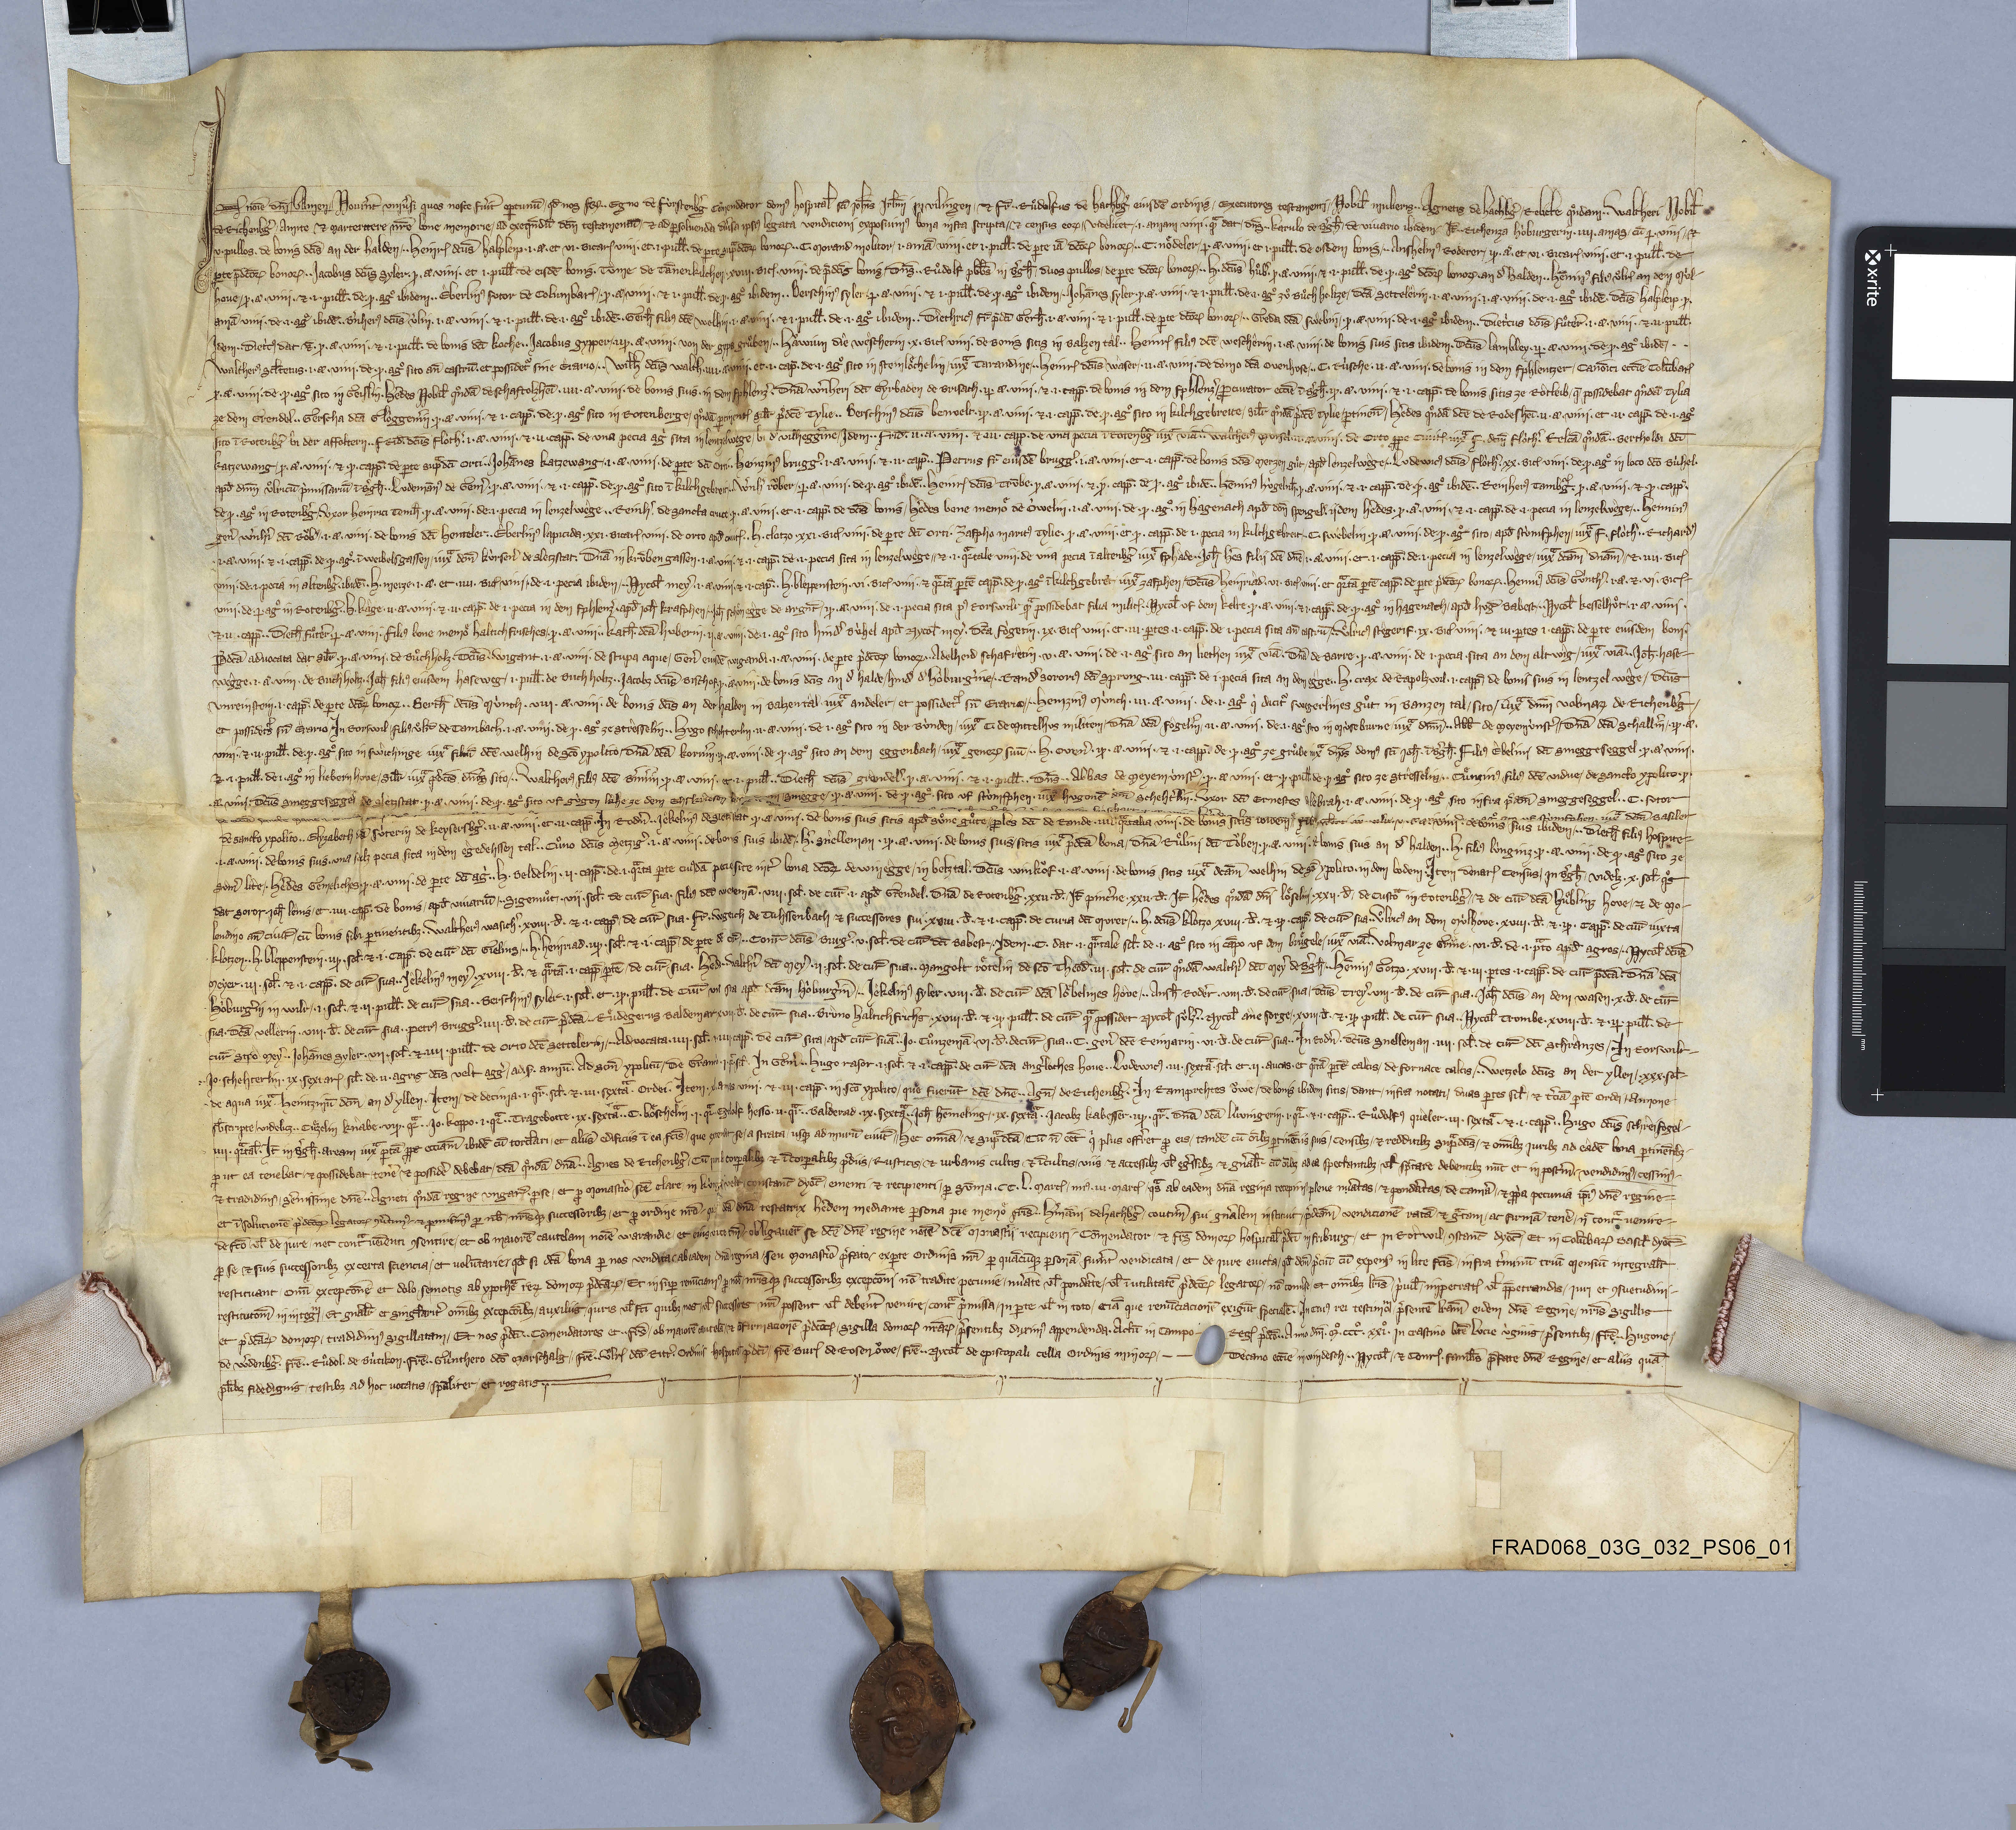
In nōie dn̄i ✳ amen ✳ novˀint univˀsi quos nosce fuˀit oꝑtunū ✳ qđ nos fr₎ ✳ ✳ Egno de Fùrstenbgˀ cōmendator domꝰ hospital̄ Sc̄i Joh̄is Jrl̄mi in Vilingen ✳ ꝫ fr̄ ✳ ✳ Ruͦdolfus de Hachbgˀ eiusdē ordinis ✳ executores testamenti ✳ nobil̄ mulieris ✳ ✳ Agnetis de Hachbgˀ ✳ relicte qͦndam ✳ ✳ Waltheri nobil̄
de Richenbgˀ ✳ amite ꝫ marterttere nr̄e bone memorie ✳ ad exeq̄ndū dc̄m testamentū ✳ ꝫ ad ꝑsolvenda divˀsa ipsiꝰ legata venditioni exposuimꝰ bona infra scripta ✳ ꝫ census eoꝝ ✳ videlicet: ✳ ✳ j ✳ amam vini ✳ ꝙ̃ dat ✳ dn̄s ✳ ✳ Karulo de Bˀgh̄ ✳ de vinario ibidem. ✳ īt ✳ ✳ Richenza Hòburgerin ✳ iiij ✳ amas ✳ cū ɉ ✳ vini ✳ ꝫ
v ✳ pullos ✳ de bonis dc̄is An der Halden ✳ ✳ ✳ Heinr₎ dc̄us Halpleip ✳ j ✳ ā ✳ et vj ✳ bicarꝭ vini ✳ et ✳ j ✳ pull̄ ✳ de ꝑte sup̃ dc̄oꝝ bonoꝝ ✳ ✳ C✳ Morand molitor ✳ i ✳ amā vini ✳ et i ✳ pull̄ de ꝑte iā dc̄oꝝ bonoꝝ ✳ ✳ ✳ C✳ Noͤdeler ✳ ɉ ✳ ā ✳ vini ✳ et j ✳ pull̄ ✳ de eisdem bonis ✳ ✳ ✳ Anshelmꝰ Roderer ✳ iɉ ✳ ā ✳ et vj ✳ bicarꝭ vini ✳ et ✳ j ✳ pull̄ ✳ de
ꝑte p̄dc̄oꝝ bonoꝝ ✳ ✳ ✳ Jacobus dc̄us Syler ✳ ɉ ✳ ā ✳ vini ✳ et j pull̄ ✳ de eisdē bonis ✳ Tume de Tānenkilchen ✳ xviij ✳ bicꝭ ✳ vini ✳ de p̄dc̄is bonis ✳ dn̄s ✳ ✳ Ruͦdolf plb̄s in Bˀgh̄ ✳ duos pullos ✳ de ꝑte dc̄oꝝ bonoꝝ ✳ ✳ ✳ H✳ dc̄us Huͦbˀ ✳ ɉ ✳ ā vini ✳ ꝫ j pull̄ ✳ de ✳ ɉ ✳ agͦ dc̄oꝝ ✳ bonoꝝ ✳ An dˀ Halden ✳ ✳ Hēninꝰ filiꝰ Uͦlr₎ An dem Mùl¬
hove ✳ ɉ ✳ ā ✳ vini ✳ ꝫ j ✳ pull̄ ✳ de ✳ ɉ agͦ ibidem ✳ ✳ Eberlinꝰ Sutor de Columbarꝭ ✳ ✳ ɉ ✳ ā ✳ vini ✳ ꝫ j ✳ pull̄ de ɉ agͦ ibidem ✳ ✳ Berschinꝰ Syler ✳ ɉ ✳ ā ✳ vini ✳ ꝫ j ✳ pull̄ ✳ de ✳ ɉ ✳ agͦ ibidem ✳ ✳ ✳ Jahānes Syler ✳ ɉ ✳ ā ✳ vini ✳ ꝫ j ✳ pull̄ ✳ de ✳ j ✳ agͦ zuͦ Buͦchholtze ✳ dc̄a Settelerin ✳ j ✳ ā ✳ vini ✳ de ✳ j ✳ agͦ ibidē ✳ dc̄us Halpleip ✳ ɉ ✳
amā vini ✳ de ✳ j ✳ agͦ ibidē ✳ ✳ Bˀnherꝰ dc̄us Ùlin ✳ j ✳ ā ✳ vini ✳ ꝫ ✳ j ✳ pull̄ ✳ de ✳ j ✳ agͦ ibidē ✳ ✳ Gerh̄ filiꝰ dc̄e Welhin ✳ j ✳ ā vini ✳ ꝫ j ✳ pull̄ ✳ de ✳ j ✳ agͦ ibidem ✳✳ Diethricꝰ fr̄ p̄dc̄i Gerh̄ ✳ j ✳ ā ✳ vini ✳ ꝫ j ✳ pull̄ ✳ de ꝑte dc̄oꝝ bonoꝝ ✳ ✳ ✳ Greda dc̄a Swebin ✳ ✳ ɉ ✳ ā ✳ vini ✳ de ✳ j ✳ agͦ ibidem ✳ ✳ Dietͥcus dc̄us Fuͦterˀ ✳ j ✳ ā ✳ vini ✳ ꝫ ✳ ij ✳ pull̄ ✳
idem ✳ ✳ Dietͥcꝰ dat ꝫ̄ ✳ ɉ ✳ ā ✳ vini ✳ ꝫ ✳ j ✳ pull̄ ✳ de bonis dc̄i Koche ✳ ✳ Jacobus Gypper ✳ ✳ iiɉ ✳ ā ✳ vini ✳ von der Gyps Gruͦben ✳ ✳ ✳ Haͧwùm die Wèscherin ✳ x ✳ bicꝭ vini ✳ de bonis sitis in Balzentàl ✳ ✳ Heinr₎ filiꝰ dc̄e Weschèrin ✳ j ✳ ā ✳ vini ✳ de bonis suis sitis ibidem ✳ dc̄us Lambley ✳ iɉ ✳ ā ✳ vini ✳ de ✳ ɉ ✳ agͦ ibidē ✳ ✳ ✳
Waltherꝰ Scl̄tetus ✳ j ✳ ā ✳ vini ✳ de ✳ ɉ ✳ agͦ sito an̄ castrū ✳ et possidet̃ sine èrario ✳ ✳ ✳ Wil̄h dc̄us Walch✳ iiij ✳ ā ✳ vini ✳ et ✳ j ✳ cap̄ ✳ de ✳ j ✳ agͦ sito in Steinloͤchelin ✳ iux̃ Tarandine ✳ ✳ ✳ Heinr₎ dc̄us Wàser ✳ ✳ ij ✳ ā ✳ vini ✳ de domo dc̄a Ovenhuse ✳ ✳ ✳ C✳ Rùsche ✳ ij ✳ ā  ✳ vini ✳ de bonis In dem Fphlentzer ✳ canōici ecc̄ie Colūbarꝭ
ɉ ✳ ā ✳ vini ✳ de ✳ ɉ ✳ agͦ sito in Geislin ✳ heˀdes nobil̄ qͦndā de Schaftolzheī ✳ iiij ✳ ā ✳ vini ✳ de bonis suis ✳ in dem Fphlenzˀ ✳ dn̄a Wˀnheri dc̄i Gyrbaden de Brisach ✳ iɉ ✳ ā vini ✳ ꝫ ✳ j ✳ capp̄ ✳ de bonis In dem Fphlenzˀ ✳ ꝓcurator ecc̄ie ī Bˀgh̄ ✳ iɉ ✳ ā ✳ vini ✳ ꝫ ✳ j ✳ capp̄ ✳ de bonis sitis ze Ròtleib ✳ q̄ ✳ possidebat qͦndā Tylia
ze dem Grendel ✳ ✳ Gerscha dc̄a Glòggenˀin ✳ ɉ ✳ ā ✳ vini ✳ ꝫ j ✳ capp̄ ✳ de ✳ ɉ ✳ agͦ sito in Rotenberge ✳ qͦndā ꝑtinentꝭ sil̄r p̄dc̄e Tylie ✳ ✳ Berschinꝰ dc̄us Benvelt ✳ iɉ ✳ ā ✳ vini ✳ ꝫ ✳ j ✳ capp̄ ✳ de ✳ ɉ ✳ agͦ sito in Kilchgebreite ✳ sil̄r qͦndā p̄dc̄e Tylie ✳ ꝑtinen̄ ✳ heˀdes qͦndā dc̄e de Rodesheī ✳ ij ✳ ā ✳ vini ✳ et ✳ ii ✳ capp̄ ✳ de ✳ i ✳ agͦ
sito ī Rotenbgˀ bi der Affoltern ✳ ✳ Frid̄✳ dc̄us Flòthˀ ✳ j ✳ ā ✳ vini ✳ ꝫ ✳ ij ✳ capp̄ ✳ de una pecia agͥ sita in Lentzelwege ✳ bi dˀ Vilheggˀine. ✳ idem ✳ ✳ Frid̄ ✳ ij ✳ ā ✳ vini ✳ ꝫ ✳ iii ✳ capp̄ ✳ de una pecia ī Rotenbgˀ iux̃ viā ✳ ✳ Waltherꝰ Morsel ✳ ij ✳ ā ✳ vini ✳ de Orto ꝓpe civitꝭ iux̃ F✳ dc̄m Flòthˀ ✳ relc̄a qͦndā ✳ ✳ Bertholdi dc̄i
Katzewang ✳ ɉ ✳ ā ✳ vini ✳ ꝫ ✳ ɉ ✳ capp̄ ✳ de ꝑte sup̃ dc̄i Orti ✳ ✳ Johānes Katzewang ✳ ✳ j ✳ ā ✳ vini ✳ de ꝑte dc̄i Orti ✳ ✳ Heinzinꝰ Bruggˀ ✳ j ✳ ā ✳ vini ✳ ꝫ ✳ ij ✳ capp̄ ✳ ✳ Petrus fr̄ eiusdē Bruggˀ ✳ j ✳ ā ✳ vini ✳ et ✳ j ✳ capp̄ ✳ de bonis dc̄is Merzen Guͦt ✳ apd̄ Lenzelwège ✳ ✳ Ludewicꝰ dc̄us Flòthˀ ✳ xx ✳ bicꝭ vini ✳ de ✳ ɉ ✳ agͦ in loco dc̄o Bùhel ✳
apd̄ dn̄m Uͦlricū p̄missariū ī Bˀgh̄ ✳ ✳ Ludemānꝰ de Gemˀ ✳ ɉ ✳ ā ✳ vini ✳ ꝫ ✳ j ✳ capp̄ ✳ de ✳ ɉ ✳ agͦ sito ī Kilchgebreit ✳ ✳ ✳ Wˀnhˀ Roͧber ✳ ɉ ✳ ā ✳ vini ✳ de ✳ ɉ ✳ agͦ ibidē ✳ ✳ Heinr₎ dc̄us Trūbe ✳ ɉ ✳ ā ✳ vini ✳ꝫ ✳ ɉ ✳ capp̄ ✳ de ɉ ✳ agͦ ibidē ✳ ✳ Hēninꝰ Hùgelnh̄ ✳ ɉ ✳ ā ✳ vini ✳ꝫ ✳ ɉ ✳ capp̄ ✳ de ✳ ɉ ✳ agͦ ibidē ✳ Reinherꝰ Tamb̃g ✳ ɉ ✳ ā ✳ vini ✳ꝫ ✳ ɉ ✳ capp̄ ✳
de ɉ ✳ agͦ in Rotenbˀg ✳ ✳ uxor Heinrici Temh̄ ✳ ɉ ✳ ā ✳ vini ✳ de ✳ j ✳ pecia in Lenzelwège ✳ ✳ Reinhˀ ✳ de Sancta Cruce ✳ ɉ ✳ ā ✳ vini ✳ et ✳ j ✳ capp̄ ✳ de dc̄is bonis ✳ heˀdes bone memoͤ de Òwelin ✳ j ✳ ā ✳ vini ✳ de ɉ ✳ agͦ in Hagenach apd̄ dc̄m Spengelˀ ✳ iidem heˀdes ✳ ɉ ✳ ā vini ✳ ꝫ ✳ j ✳ capp̄ ✳ de ✳ j ✳ pecia in Lenzelwège ✳ ✳ ✳ Heiminꝰ
genˀ Wˀnhˀi dc̄i Roͧbˀ ✳ ✳ j ✳ ā ✳ vini ✳ de bonis dc̄i Henteler ✳ ✳ Eberlinꝰ Lapitida ✳ xxj ✳ bicarꝭ vini ✳ de orto apd̄ civitꝭ ✳ ✳ H✳ Clotzo ✳ xxj ✳ bicꝭ vini ✳ de ꝑte dc̄i orti Zafpho maritꝰ Tylie ✳ ɉ ✳ ā ✳ vini ✳ et ✳ ɉ ✳ capp̄ ✳ de i ✳ pecia in Kilchgebreit ✳ ✳ ✳ C✳ Swèbelin ✳ ɉ ✳ ā ✳ vini ✳ de ✳ ɉ ✳ agͦ sito ✳ apd̄  Stùmfphen ✳ iux̃ F✳ Flòthˀ ✳ ✳ Richardꝰ
✳ j ✳ ā ✳ vini ✳ ꝫ ✳ j ✳ capp̄ ✳ de ✳ ɉ ✳ agͦ ✳ ī Weibelsgassen ✳ iux̃ dc̄m Kùrsenˀ de Sletzstat ✳ dn̄a in Krūben Gassen ✳ j ✳ ā ✳ vini ✳ ꝫ ✳ j ✳ capp̄ ✳ de ✳ j ✳ pecia sita in Lenzelwege ✳ ✳ ꝫ ✳ j ✳ q̃rtale vini ✳ de una pecia ī Altenbgˀ iux̃ Fphade ✳ ✳ Joh̄ Hˀes filii dc̄e dn̄e ✳ j ✳ ā ✳ vini ✳ et ✳ j ✳ capp̄ ✳ de ✳ j ✳ pecia in Lenzelwège ✳ iux̃ dc̄am dn̄am ✳ ✳ ꝫ ✳ iiij ✳ bicꝭ
vini ✳ de ✳ j ✳ pecia in Altenbgˀ ✳ ibidē ✳ H✳ Merze ✳ j ✳ ā ✳ et iiij ✳ bicꝭ vini ✳ de ✳ j ✳ pecia ibidem ✳ ✳ ✳ Nicol̄ Meyˀ ✳ j ✳ ā ✳ vini ✳ ꝫ ✳ j ✳ cap̄ ✳ ✳ H✳ Bleppenstein ✳ vj ✳ bicꝭ vini ✳ ꝫ q̃rtā ꝑtē capp̄ ✳ de ɉ ✳ agͦ ī Kilchgebreit ✳ iux̃ Zafphen ✳ dc̄us Heinriàd ✳ vj ✳ bicꝭ vini ✳ et q̃rtā ꝑtē capp̄ ✳ de ꝑte p̄dc̄oꝝ bonoꝝ ✳ ✳ Heninꝰ dc̄us Gùnthˀ ✳ j ✳ ā ✳ ꝫ ✳ vj ✳ bicꝭ ✳
vini ✳ de ✳ ɉ ✳ agͦ in Rotenbgˀ ✳ ✳ H✳ Kàge ✳ ij ā vini ✳ ꝫ ✳ ij ✳ capp̄ ✳ de j ✳ pecia in dem Fphlenzˀ apd̄ Joh̄ Krafphen ✳ ✳ ✳ Joh̄ Schoͤnègge de Argnt̄ ✳ iɉ ✳ ā vini ✳ de ✳ j ✳ pecia sita pꝰ Rorswilr ꝙ̃ possidebat filia militꝭ ✳ ✳ Nycol̄ Uf ✳dem Kelre ✳ ɉ ✳ ā ✳ vini ✳ ꝫ ✳ j ✳ capp̄ ✳ de ✳ ɉ ✳ agͦ in Hagenach ✳ apd̄ Huḡ Babest ✳ ✳ ✳ Nycol̄ Kesselhuͦt ✳ j ✳ ā ✳ vini ✳
ꝫ ✳ ij ✳ capp̄ ✳ ✳ Dieth̄ Fuͦterˀ ✳ ɉ ✳ ā ✳ vini ✳ filiꝰ bone memoͤ Haltich Frisches ✳ ɉ ✳ ā ✳ vini ✳ ✳ Kath̄ ✳ dc̄a Huberin ✳ ij ✳ ā ✳ vini ✳ de ✳ j ✳ agͦ sito Hindˀ Bùhel apd̄ Nicol̄ Meyˀ ✳ dc̄a Fògetin ✳ ix ✳ bicꝭ vini ✳ et ✳ iij ✳ ꝑtes ✳ j ✳ capp̄ ✳ de j ✳ pecia sita an̄ castrū ✳ ✳ Uͦlricꝰ Stègerif ✳ ix ✳ bicꝭ vini ✳ ꝫ iij ✳ ꝑtes j ✳ capp̄ ✳ de ꝑte eiusdem boni ✳
p̄dc̄a advocata dat sil̄r ✳ ɉ ✳ ā ✳ vini ✳ de Buͦchholz ✳ dc̄us ✳ Wigant ✳ j ✳ ā ✳ vini ✳ de Stupa aque ✳ genˀ eiusdē Wigandi ✳ j ✳ ā vini ✳ de ꝑte p̄dc̄oꝝ bonoꝝ ✳ ✳ Adelheid Schafrètin ✳ v ✳ ā ✳ vini ✳ de ✳ j ✳ agͦ sito an Hechen iux̃ viā ✳ dn̄a de Barre ✳ ɉ ✳ ā ✳ vini ✳ de ✳ j ✳ pecia ✳ sita An dem Altwìg ✳ iux̃ viā ✳ ✳ Joh̄ ✳ Hase⁊
wègge ✳ j ✳ ā ✳ vini ✳ de Buchholtz ✳ ✳ Joh̄ filiꝰ eiusdem Haseweg ✳ j ✳ pull̄ ✳ de Buchholtz ✳ ✳ Jacobƺ dc̄us Bischof ✳ ɉ ✳ ā ✳ vini ✳ de bonis dc̄is An dˀ Halde ✳ hindˀ dˀ Hoburgˀine ✳ ✳ ✳ Randˀ Sororiꝰ dc̄i Sprung ✳ iij ✳ capp̄ ✳ de j ✳ pecia sita An dem Egge ✳ ✳ H✳ Crax de Rapolzwil ✳ j ✳ capp̄ de bonis sitis in Lentzelwège ✳ dc̄us
Unreinstein ✳ j ✳ capp̄ ✳ de ꝑte dc̄oꝝ bonoꝝ ✳ ✳ Berth̄ dc̄us Mùnch ✳ viij ✳ ā ✳ vini ✳ de bonis dc̄is An der Halden in Balzentàl ✳ iux̃ Andeler ✳ et possidet̃ sn̄ erario ✳ ✳ Heinzinꝰ Mùnch ✳ iij ✳ ā ✳ vini ✳ de ✳ i ✳ agͦ qͥ dicit̃ Swegerlines Guͦt in Banzental ✳ sito iux̃ dn̄m Volmaꝝ de Richenbˀg ✳
et possidets sn̄ erario ✳ in Rorswil ✳ filiꝰ Uͦlr̄ de Tambach ✳ j ✳ ā vini ✳ de ɉ ✳ agͦ ze Strèsselin ✳ ✳ Hugo Schehterlin ✳ ij ✳ ā vini ✳ de j ✳ agͦ sito In der Bùnden ✳ iux̃ C✳ de Mittelhus militem ✳ dn̄a dc̄a Fògelˀin ✳ ij ✳ ā ✳ vini ✳ de ✳ j ✳ agͦ sito in Mùseburne ✳ iux̃ dn̄m ✳ ✳ ab̄b de Meyemùnstˀ ✳ ✳ dn̄a dc̄a Schallˀin ✳ iɉ ✳ ā ✳
vini ✳ ꝫ ✳ ij ✳ pull̄ ✳ de ✳ ɉ ✳ agͦ ✳ sito in Swichinge iux̃ filiū dc̄e Welhin de sc̄o Ypolito ✳ dn̄a dc̄a Kornˀin ✳ iɉ ✳ ā ✳ vini ✳ de ✳ ɉ ✳ agͦ sito An dem Eggenbach ✳ iux̃  geneꝝ suū ✳ ✳ ✳ H✳ Ovenˀ ✳ iɉ ✳ ā ✳ vini ✳ ꝫ ✳ j ✳ capp̄ ✳ de ✳ ɉ ✳ agͦ ze Gruͦbe iux̃ dn̄os domꝰ Sc̄i Joh̄ ✳ ī Bˀgh̄ ✳ filiꝰ Èbelini dc̄i Smeggeseggel ✳ ɉ ✳ ā ✳ vini ✳
ꝫ j pull̄ ✳ de j ✳ agͦ in Liebern Hove ✳ sil̄r iux̃ p̄dc̄os dn̄os sito ✳ ✳ Waltherꝰ filiꝰ dc̄e Bˀnˀin ✳ ɉ ✳ ā ✳ vini ✳ et ✳ j ✳ pull̄ ✳ ✳ Dieth̄ dc̄us Grendelˀ ✳ ɉ ✳ ā vini ✳ ꝫ ✳ j ✳ pull̄ ✳ ✳ dn̄s ✳ ✳ abbas de Meyemùnstˀ ✳ ✳ ɉ ā vini ✳ et ✳ ɉ ✳ pull̄ de ✳ ɉ ✳ agͦ sito ze Strèsselin ✳ ✳ ✳ Cuͤnzinꝰ filiꝰ dc̄e vidue de Sancto Ypolito ✳ ɉ ✳
ā ✳ vini ✳ dc̄us Smeggeseggel de Sletzstat ✳ ɉ ✳ ā ✳ vini ✳ de ✳ ɉ ✳ agͦ sito uf Gùgen Lahe ze dem ehskriesen boͧme ✳ idem ✳ Smegge ✳ ɉ ✳ ā ✳ vini ✳ de ✳ ɉ ✳ agͦ ✳ sito uf Stùmfphen ✳ iux̃ Hugonē dc̄m Schehtˀlin ✳ ✳ uxor dc̄i Ernestes de Lebrah ✳ j ✳ ā ✳ vini ✳ de ✳ ɉ ✳ agͦ sito infra p̄dc̄m Smeggeseggel ✳ ✳ C✳ Sutor
de ecc̄ia Sancte Marie ✳ j ✳ ā ✳ vini ✳ de ✳ j ✳ agͦ ✳ sito widˀ Bˀghein ✳ ✳ Nicol̄ procurator dc̄i de Schoͤnegge ✳ iij ✳ ā ✳ vini ✳ de ✳ i ✳ agͦ sito ze Gruͦbe ✳ iux̃ dn̄os ✳ domus Sc̄i Joh̄ ✳ in Bˀgh̄ ✳ ✳ Wˀnlinus
dc̄us Hasehart ✳ ɉ ✳ ā ✳ vini ✳ ✳ hˀedes bone memorie Joh̄is Scl̄teti in Wil̄r ✳ ij ✳ amas vini ✳ de ✳ j ✳
agͦ sito uf Stumfphen ✳ iux̃ dc̄m Basiler
de sancto Ypolito ✳ ✳ Elyzabeth dc̄a Sùterin de Keysersbgˀ ✳ ij ✳ ā ✳ vini ✳ et ✳ ij ✳ capp̄ ✳ in Rodˀn ✳ ✳ Jêkelinꝰ de Sletzstat ✳ ɉ ✳ ā ✳ vini ✳ de bonis suis sitis apd̄ Suͦne Guͦte ✳ ✳ ꝓles dc̄i de Rande ✳ iiij ✳ q̃rtalia vini ✳ de bonis sitis ibidem ✳ filiꝰ Sifridi dc̄i Walhe ✳ j ✳ ā ✳ vini ✳ de bonis suis ibidem ✳✳✳ Dieth̄ filiꝰ hospite ✳
✳ j ✳ ā ✳ vini ✳ de bonis suis ✳ una scilƺ pecia sita in dem Ègedehssen Tal ✳ ✳ Cuͦno dc̄us Metzigˀ ✳ j ✳ ā ✳ vini ✳ de bonis suis ibidē ✳ ✳ hˀ ✳ Snèlleman ✳ iɉ ✳ ā ✳ vini ✳ de bonis suis ✳ sitis iux̃ p̄dc̄a bona ✳ dn̄a Ruͤlini dc̄i Toͧben ✳ ɉ ✳ ā ✳ vini ✳ de bonis suis an dˀ Halden ✳ ✳ H✳ filiꝰ Lùnginz ✳ ɉ ✳ ā ✳ vini ✳ de ɉ ✳ agͦ sito ze
Sùmˀ lite ✳ heˀdes Gemeliches ✳ ɉ ✳ ā ✳ vini ✳ de ꝑte dc̄i agͥ ✳ ✳ H✳ Beldelin ✳ ij ✳ capp̄ ✳ de ✳ j ✳ q̃rta ꝑte cuiꝰdā pecie site intˀ bona dc̄oꝝ de Winêgge ✳ in Belztal ✳ dc̄us Winkoͧf ✳ j ✳ā ✳ vini ✳ de bonis sitis iux̃ dc̄am Welhin de sc̄o Ypolito ✳ in dem Bodem. ✳ item denarꝭ census ✳ in Bˀgh̄ ✳ videlƺ ✳ x ✳ sol̄ ✳ qͦs
dat soror Joh̄ Lènis ✳ et ✳ iiij ✳ capp̄ de bonis ✳ apd̄ vinariū ✳ ✳ ✳ Sigemuͦt ✳ vij sol̄ de cur̄ sua ✳ filiꝰ dc̄i Weidemā ✳ viij ✳ sol̄ de cur̄ ✳ j✳ apd̄ Grendel ✳ dn̄a de Rotenbgˀ ✳ xxij ✳ d̄ ✳ it̄̄ Pintˀne ✳ xxij ✳ d̄ ✳ it̄̄ heˀdes qͦndā dn̄i Loͤseling ✳ xxij ✳ d̄  ✳ de castõ in Rotenbgˀ ✳ ꝫ de cur̄ dc̄a Huͤblinz hove ✳ ꝫ de mo¬
lendino an̄ civit̄ ✳ cū bonis sibi ꝑtinentibƺ ✳ ✳ Waltherꝰ Wasichˀ ✳ xviij ✳ d̄ ✳ꝫ ✳ j capp̄ ✳ de cur̄ sua ✳ fr̄ ✳ ✳ Wigerich de Tuhssenbach ꝫ successores sui ✳ xviij ✳ d̄ ✳ ꝫ ✳ j✳ capp̄ ✳ de curia dc̄i Murer ✳ ✳ ✳ H✳ dc̄us Klotzo xviij ✳ d̄ ✳ ꝫ ✳ iɉ ✳ capp̄ ✳ de cur̄ sua ✳ ✳ Uͦlricꝰ An dem Mùlhove ✳ xviij ✳ d̄ ✳ ꝫ ✳ iɉ ✳ capp̄ ✳ de cur̄ iuxta
Klotzen ✳ ✳ H✳ Bleppenstein ✳ iiɉ ✳ sol̄ ✳ ꝫ ✳ j capp̄ ✳ de cur̄ dc̄i Gielius ✳ ✳ ✳ H✳ Heinriad ✳ iiɉ sol̄ ✳ ꝫ ✳ j ✳ capp̄ ✳ de ꝑte dc̄e cur̄ ✳ ✳ Conr̄ dc̄us Burgˀ ✳ v ✳ sol̄ ✳ de cur̄ dc̄i Babest. ✳ idem ✳ ✳ C✳ dat ✳ j q̃rtale sil̄ ✳ de ✳ j ✳ agͦ sito in cāpo Uf dem Bruͤgele ✳ iux̃ viā ✳✳ Volmar ze Grine ✳ vj ✳ d̄ de ✳ j p̃to apd̄ agros ✳ ✳ ✳ Nycol̄ dc̄us
Meyer ✳ iij ✳ sol̄ ✳ ꝫ ✳ j ✳ capp̄ ✳ de cur̄ sua ✳ ✳ Jekelinꝰ Meyˀ ✳ xviij ✳ d̄ ✳ ꝫ q̃tā ✳ j ✳ capp̄ ✳ ꝑtē ✳ de cur̄ sua ✳ heˀd₎ ✳ ✳ Walthˀi dc̄i Meyˀ ✳ ij sol̄ ✳ de cur̄ sua ✳ ✳ Mangolt Roͤtelin de Sc̄o Theod̄ ✳ iij ✳ sol̄ ✳ de cur̄ qͦndā Walthˀi dc̄i Meyˀ de Bˀgh̄ ✳ ✳ Hēninꝰ Gotzo ✳ xviij ✳ d̄ ꝫ ✳ iij ✳ ꝑtes ✳ j ✳ capp̄ ✳ de cur̄  p̄dc̄ta ✳ dn̄a dc̄a
Hòburgˀin in Wilr ✳ j ✳ sol̄ ✳ ꝫ ij ✳ pull̄ de cur̄ sua ✳ ✳ Berschinꝰ Syler ✳ j ✳ sol̄ ✳ et ✳ iɉ ✳ pull̄ ✳ de cur̄ una sita apd̄ dc̄am Hòburgˀin ✳ ✳ Jèkelinꝰ Syler ✳ viij ✳ d̄ ✳ de cur̄ dc̄a Loͤbelines hòve ✳ ✳ ✳ Ansh̄ Rodˀer ✳ viij ✳ d̄ de cur̄ sua ✳ dc̄us Treyˀ ✳ viij ✳ d̄ ✳ de cur̄ sua ✳ Joh̄ dc̄us An dem Wasen ✳ x ✳ d̄ de cur̄
sua ✳ dc̄a Vellerin ✳ viij ✳ d̄ de cur̄ sua ✳ ✳ Petrꝰ Bruggˀ ✳ iiij ✳ d̄ ✳ de cur̄ p̄dc̄a ✳ ✳ Ruͤdegerus Baldemar ✳ xviij ✳ d̄ ✳ de cur̄ sua ✳ ✳ Bruno Haltichfrichs ✳ xviij ✳ d̄ ✳ ꝫ iɉ ✳ pull̄ ✳ de cur̄ q̃ possidet Nycol̄ Sùlzˀ ✳ ✳ Nycol̄ Ane Sorge ✳ xviij ✳ ✳ d̄ ✳ ꝫ ✳ iɉ ✳ pull̄ de cur̄ sua ✳ ✳ Nycol̄ Trumbe ✳ xviij ✳ d̄ ✳ ꝫ iɉ ✳ pull̄ ✳ de
cur̄ Stro Meyˀ ✳ ✳ Johānes Syler ✳ vij ✳ sol̄ ✳ ꝫ iiij ✳ pull̄ ✳ de orto dc̄e Settelerin ✳ ✳ ✳ advocata ✳ iiij ✳ sol̄ ✳ ꝫ ✳ iiij ✳ capp̄ de cur̄ sita ✳ apd̄ cur̄ suā ✳ ✳ Jo✳ Cuͦnzenmā  ✳ vj ✳ d̄  cur̄ sua ✳ ✳ C✳ genˀ dc̄e Reimarin ✳ vj ✳ d̄ ✳ de cur̄ sua ✳ ✳ in Rodˀn ✳ dc̄us Snelleman ✳ iiij ✳ sol̄ ✳ de cur̄ dc̄i Schrânzes, ✳ in Rorswilr ✳
Jo ✳ Schehterlin ✳ ix ✳ sextarꝭ sil̄ ✳ de ✳ ij ✳ agris dc̄is Velt Aggˀ ✳ ad s₎ annū ✳ ad sc̄m Ypolitū ✳ de Granrù ✳ j✳ q̃r ✳ sil̄ ✳ in Gemˀ ✳ ✳ Hugo Rasor ✳ j ✳ sol̄ ✳ ꝫ ✳ j capp̄ ✳ de cur̄ dc̄a Angˀloches Hove ✳ ✳ Ludewicꝰ ✳ iij ✳ sextã ✳ sil̄ ✳ et ✳ ij ✳ aucas et ✳ q̃rtā ꝑtē calcis ✳ de fornace calcis ✳ ✳ ✳ Wetzelo dc̄us An der Yllen ✳ ✳ xxx ✳ sol̄ ✳
de aqua iux̃ ✳ Heintzinū dc̄m An dˀ Yllen. ✳ item ✳ de decima ✳ j ✳ q̃r ✳ sil̄ ✳ ꝫ ✳ iij sextã ✳ ordei. ✳ item ✳ xl ✳ amas vini ✳ ꝫ ✳ iij ✳ capp̄ ✳ in ✳ sc̄o Ypolito ✳ quo fuerūt dc̄e dn̄e ✳ ✳ Agn̄ ✳ de Richenbgˀ ✳ in Ramprehtes Oͧwe ✳ de bonis ibidem sitis ✳ dant ✳ infra notati ✳ duas ꝑtes sil̄ ✳ ꝫ tˀtiā ꝑtem ordei ✳ annone
sb̄scripte ✳ videlicƺ ✳ ✳ Cuͤzelin Knâbe ✳ viɉ ✳ q̃r ✳ ✳ Jo ✳ Koppo ✳ j ✳ qr̃ ✳ ✳ Tragebotte ✳ ix ✳ sextã ✳ ✳ C✳ Boͤschelin ✳ i q̃r ✳ Egelolf Hesso ✳ ii ✳ q̃r ✳ ✳ Balderad ✳ ix ✳ sextã ✳ ✳ Joh̄ Hēmeling ✳ ✳ ix ✳ sextã ✳ ✳ Jacobƺ Kabesser ✳ iiɉ q̃r ✳ dn̄a dc̄a Lùvingerin ✳ i q̃r ✳ ꝫ ✳ j ✳ capp̄ ✳ ✳ Ruͦdolfꝰ Quêler ✳ iij ✳ sextã ✳ ꝫ ✳ i ✳ capp̄ ✳ ✳ Hugo dc̄us Schrêifogel
iiij ✳ q̃rtal̄. ✳ īt in Bˀgh̄ aream iux̃ ꝑtā ꝓpe eccīam ibidē cū torcl̄ari ✳ et aliis edificiis ī ea fc̄is ✳ que extenat se ✳a strata ✳usqƺ ad murū civit̄. hec om̄ia ✳ ꝫ sup̃dc̄a cū n̄ cet̄ q̃ plus ofˀret ꝓ eis ✳ tandē cū oībƺ ꝑtinētiis ✳ censibƺ ✳ ꝫ redditibƺ sup̃dc̄is ✳ ꝫ om̄ibƺ iuribƺ ad eadē bona ꝑtinētibƺ
ꝓ ut ea tenebat ✳ ꝫ possidebat ✳ teneˀ ꝫ possideˀ debebat ✳ dc̄a qͦndā dn̄a ✳ ✳ Agnes de Richenbgˀ ✳ cū iuribƺ corꝑalibƺ ꝫ īcoꝑalibƺ p̄dc̄is ✳ rusticis ✳ ꝫ urbanis cultis et īcultis ✳ viis ꝫ accessibƺ vl̄ egˀssibƺ ꝫ gnˀal̄r cū oībƺ ab ea spectantibƺ ✳ vl̄ spͨtare debentibƺ nūc et in postˀm ✳ vendidimꝰ ✳ cessimꝰ
ꝫ tradidmꝰ ✳ seˀnissime dn̄e ✳ ✳ Agneti qͦndā regine Ungar̄ ✳ ꝑ se ✳ et ꝓ monastˀio Sc̄e Clare ✳ in Kûngsvelt ✳ Constant̄ dyoc̄ ✳ ementi ꝫ recipienti ✳ ꝓ sūma ✳ c c ✳ l✳ marcꝭ ✳ miꝰ iii marcꝭ q̃s ab eadem dn̄a regina recepimꝰ plene nuˀatas ✳ ꝫ pondˀatas ✳ de camˀa ✳ ƺ ꝓpͥa pecunia ip̄iꝰ dn̄e regine
et ī solutionē p̄dc̄oꝝ legatoꝝ ꝯvˀtimꝯ ✳ ꝫ ꝓmisimꝰ ꝓ nb̄ ✳ nr̄isqƺ successoribƺ ✳ et ꝓ ordine nr̄o ✳ qm̄ dc̄a dn̄a testatrix heˀdem mediante ꝑsona pie memoͤ fr̄is ✳ ✳ Hˀmāni de Hachbgˀ ✳ coutˀini sui gnˀalem instituit ✳ p̄dc̄am venditionē ratā ꝫ g̃tam ✳ ac firmā teneˀ ✳ nͨ cont̃ venire
de fc̄o ✳ vl̄ de iure ✳ nec cont̃vēienti ꝯsentire ✳ et ob maiorē cautelam nōie warandie ✳ et eius vice tm̄ ✳ obligaver̄ se dc̄e dn̄e regine nōie dc̄e monastˀii recipienti ✳ cōmendator ✳ ꝫ fr̄s domoꝝ hospital̄ p̄dc̄i in Friburg ✳ et in Rotwil ✳ ꝯstant̄ dyoc̄ ✳ et in Colūbaꝝ Basil̄ dyoc̄
ꝓ se ꝫ suis successoribƺ ex certa scientia ✳ et volūtarie. ✳ qd̄ si dc̄a bona ꝑ nos vendita ab eadem dn̄a regina seu monastˀio p̄fato ✳ exꝑte ordinis nr̄i ꝑ quācūqƺ ꝑsonā fuˀint vendicatat ✳ det de iure evicta quod dictum pretium cum expensis in lite factis infra terminum trium mensium integraliter
restituant om̄i exceptōne et dolo se motis sub ypothẽ reꝝ domoꝝ p̄dc̄aꝝ et insuꝑ renūciamꝰ ꝓ nob̄ nr̄isqƺ successoribƺ exceptōni nō tradite pecunie ✳ nuˀate vl̄ pondˀate ✳ vl̄ ī utilitatē p̄dc̄oꝝ legatoꝝ ✳nō convˀse ✳et om̄ibƺ lr̄is p̄vil̄ impetratꝭ vl̄ p̄petrandis ✳iuri et ꝯsuetudini
restitutōni in integ̃ ✳ et gnˀal̄r et singl̄aritˀ om̄ibƺ exceptōibƺ ✳ auxiliis ✳ iuris vl̄ fc̄i quibƺ nos ✳ vl̄ successores nr̄i possent vl̄ debeˀnt venire ✳ cont̃ p̄missa ✳ in ꝑte vl̄ in toto ✳ etiā que renūciationē exigūt specialē. ✳ in cuiꝰ rei testimõ ✳ p̄sentē lr̄am eidem dn̄e regine ✳ nr̄is sigillis
et p̄dc̄aꝝ domoꝝ ✳ tradidimꝰ sigillatam. ✳ et nos p̄dc̄i ✳ ✳ cōmendatores et ✳ ✳ fr̄s ✳ ob maiorē cautelā ✳ ꝫ cōfirmationē p̄dc̄oꝝ ✳ sigilla domorum nr̄aꝝ ✳ p̄sentibƺ duximꝰ appendenda. actū in Campo Regꝭ p̄dc̄o ✳ ✳ anno dn̄i ✳ mͦ ✳ cccͦ ✳ xxiͦ ✳ in crastino bt̄e Lucie vʼginis ✳ p̄sentibƺ ✳ fr̄e ✳ ✳ Hugone ✳
de Wˀdenbgˀ ✳ fr̄e ✳ ✳ Ruͦdol✳ de Bùtikon ✳ fr̄e ✳ ✳ Gùnthero dc̄o Marschalg ✳ fr̄e ✳ ✳ Uͦlr₎ dc̄o rittˀ ✳ ordinis Hospital̄ p̄dc̄i ✳ fr̄e Bur₎ de Rosenoͧwe ✳ fr̄e ✳ ✳ Nycol̄ de episcopali cella ordinis minoꝝ ✳ ✳ decano ecc̄ie in Windesch ✳ ✳ Nycol̄ ✳ ꝫ Conr₎ ✳ faml̄is p̄fate dn̄e regine ✳ et aliis quā
pl̄ibƺ fide dignis ✳ testibƺ ad hoc notatis ✳ spāliter ✳ et rogatis.